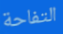
التفاحة